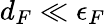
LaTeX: d_{F}\ll\epsilon_{F}